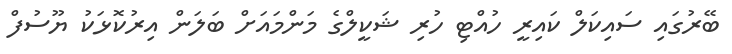
ބޭރުގައި ސައިކަލް ކައިރީ ހުއްޓި ހުރި ޝަކީލްގެ މަންމައަށް ބަލަން އިރުކޮޅަކު ޔޫސުފް